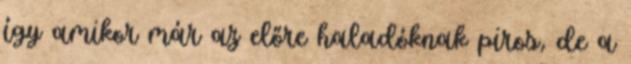
így amikor már az előre haladóknak piros, de a